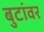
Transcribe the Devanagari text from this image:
बुटांवर